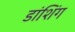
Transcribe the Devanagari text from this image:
डांशिंग